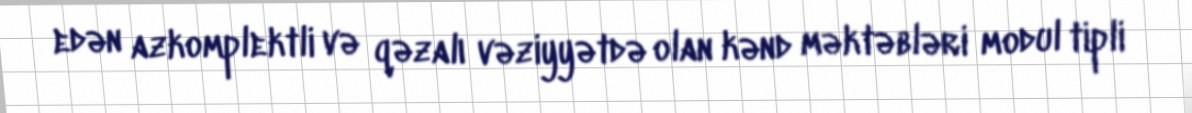
edən azkomplektli və qəzalı vəziyyətdə olan kənd məktəbləri modul tipli